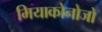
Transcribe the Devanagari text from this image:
मियाकोनोजो